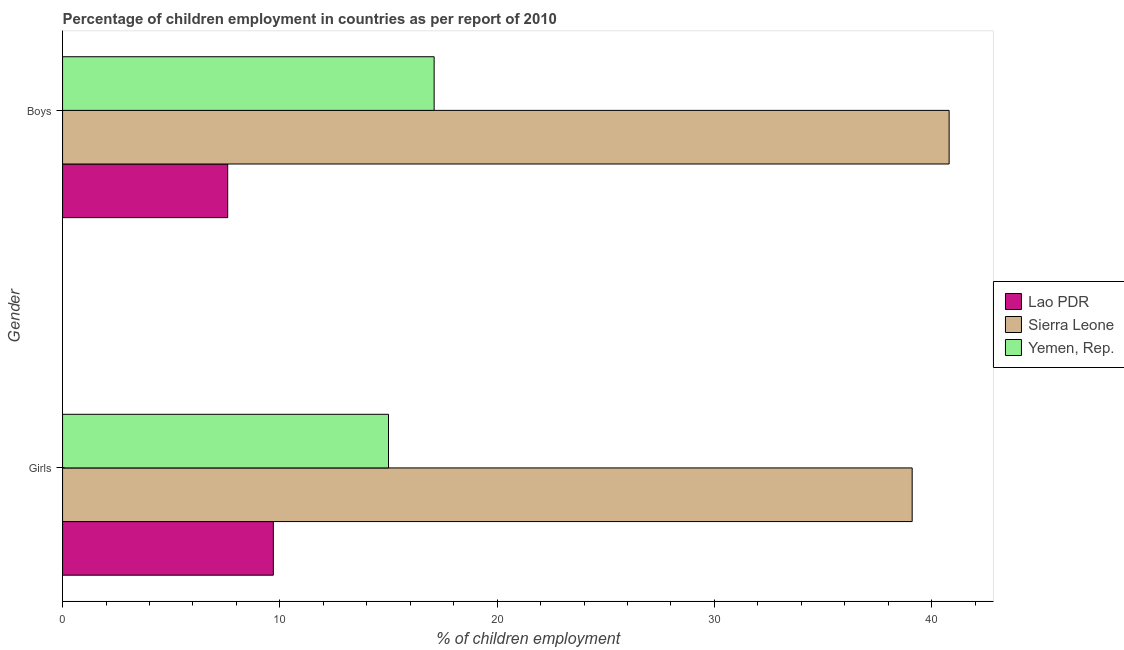
| Gender | Lao PDR | Sierra Leone | Yemen, Rep. |
 | --- | --- | --- | --- |
 | Girls | 9.7 | 39.1 | 15 |
 | Boys | 7.6 | 40.8 | 17.1 |